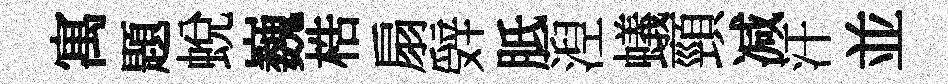
寓題蛻巍梏扇辤胝湼蟻頸减汗並